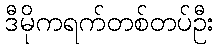
ဒီမိုကရက်တစ်တပ်ဦး